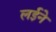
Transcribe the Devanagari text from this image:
लईने